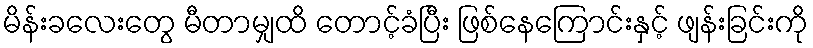
မိန်းခလေးတွေ မီတာမျှထိ တောင့်ခံပြီး ဖြစ်နေကြောင်းနှင့် ဖျန်းခြင်းကို